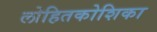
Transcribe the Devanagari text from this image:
लोहितकोशिका